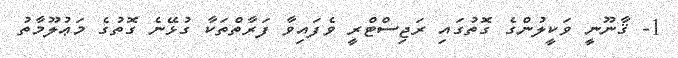
1- ޤާނޫނީ ވަކީލުންގެ ގޮތުގައި ރަޖިސްޓްރީ ވެފައިވާ ފަރާތްތަކާ ގުޅޭނެ ގޮތުގެ މަޢުލޫމާތު